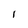
Character: I